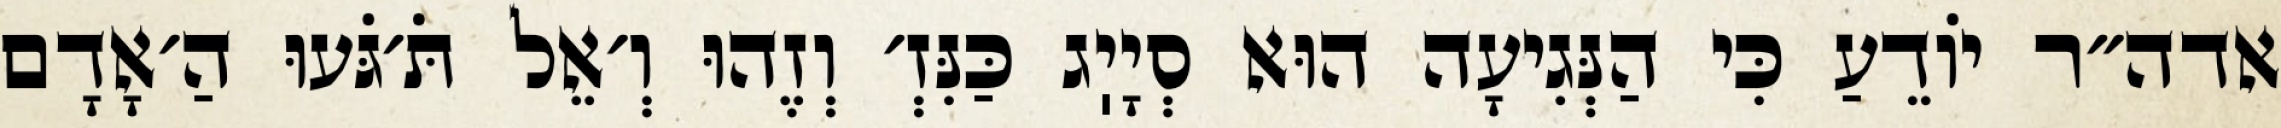
אדה״ר יוֹדֵעַ כִּי הַנְּגִיעָה הוּא סְיָיֽג כַּנִּזְ׳ וְזֶהוּ וְ׳אֵל תֹּ׳גֹּעוּ הַ׳אָדָם